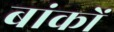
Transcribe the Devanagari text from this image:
बांकों